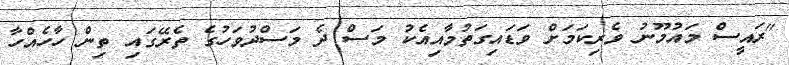
"ރައީސް މައުމޫނު ވެރިކަމަށް ވަޑައިގަތުމާއިއެކު މަސް ދެ މަސްދުވަހުގެ ތެރޭގައި ތިން ހާހެއްހާ